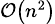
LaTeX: \scriptstyle{{\mathcal{O}}\left(n^{2}\right)}